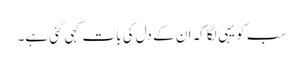
سب کو یہی لگا کہ ان کے دل کی بات کہی گئی ہے۔